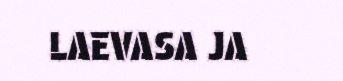
LAEVASA JA